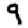
Digit: 9